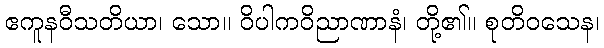
ဧကူနဝီသတိယာ၊ သော။ ဝိပါကဝိညာဏာနံ၊ တို့၏။ စုတိဝသေန၊